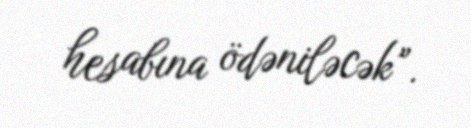
hesabına ödəniləcək”.